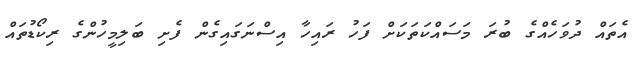
އެތައް ދުވަހެއްގެ ބުރަ މަސައްކަތަކަށް ފަހު ރައިހާ އިސްނަގައިގެން ފެށި ބަލިމީހުންގެ ރިކޯޑުތައް